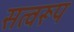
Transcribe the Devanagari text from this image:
सत्वरूप